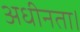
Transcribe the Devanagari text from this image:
अधीनता।